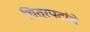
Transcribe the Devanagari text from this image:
चित्रपटांंचे